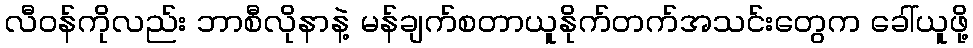
လီဝန်ကိုလည်း ဘာစီလိုနာနဲ့ မန်ချက်စတာယူနိုက်တက်အသင်းတွေက ခေါ်ယူဖို့